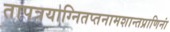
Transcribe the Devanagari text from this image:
तापत्रयाग्नितप्तनामशान्तप्राणिनां